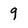
Character: 9